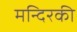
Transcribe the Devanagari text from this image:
मन्दिरकी